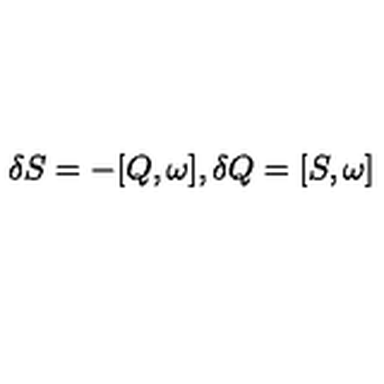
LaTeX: \delta S = - [ Q , \omega ] , \delta Q = [ S , \omega ] \label x